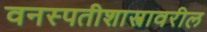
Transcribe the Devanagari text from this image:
वनस्पतीशास्त्रावरील